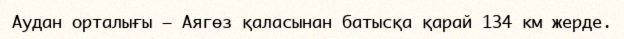
Аудан орталығы – Аягөз қаласынан батысқа қарай 134 км жерде.